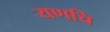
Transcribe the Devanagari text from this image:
यणचि